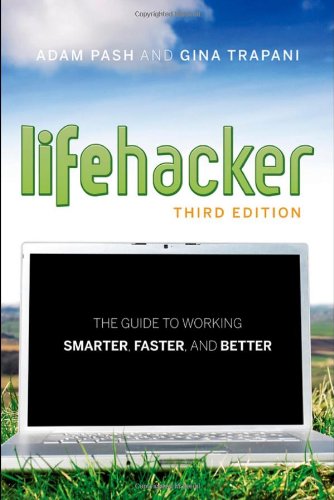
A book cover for Lifehacker: The Guide to Working Smarter, Faster, and Better; Adam Pash; Computers & Technology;